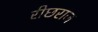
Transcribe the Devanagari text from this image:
रीछराज